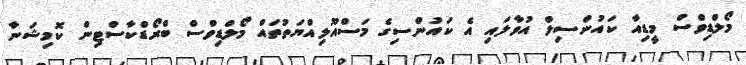
މޯލްޑިވްސް މީޑިއާ ކައުންސިލް އުވާލައި އެ ކައުންސިގެ މަސްއޫލިއްޔަތުތައް މޯލްޑިވްސް ބްރޯޑްކާސްޓިން ކޮމިޝަނާ